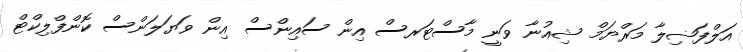
އަލްފަޟިލާ މަރްޔަމް ޝިއުނާ ވަނީ މާސްޓަރސް އިން ސައިންސް އިން ވަޔަލަންސް ކޮންފްލިކްޓް